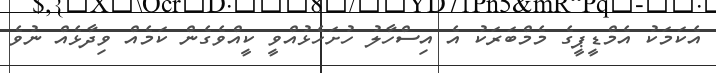
އެކަމަކު އެމްޑީޕީގެ މެމްބަރަކު އެ އިސްހާލު ހުށަހެޅުއްވީ ކީއްވެގެން ކަމެއް ވިދާޅެއް ނުވެ